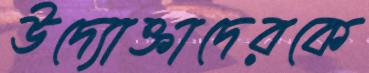
উদ্যোক্তাদেরকে